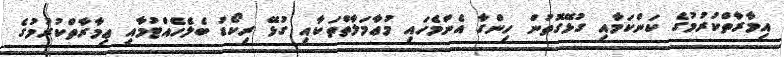
އިމާރާތްކުރުމުގެ ކަންކަމާއި ގުޅޭގޮތުން ހިންގާ އެންމެހައި މުޢާމަލާތްތަކާއި ގުޅޭ ރިކޯޑު ބެލެހެއްޓުމާއި ޢިމާރާތްކުރުމުގެ